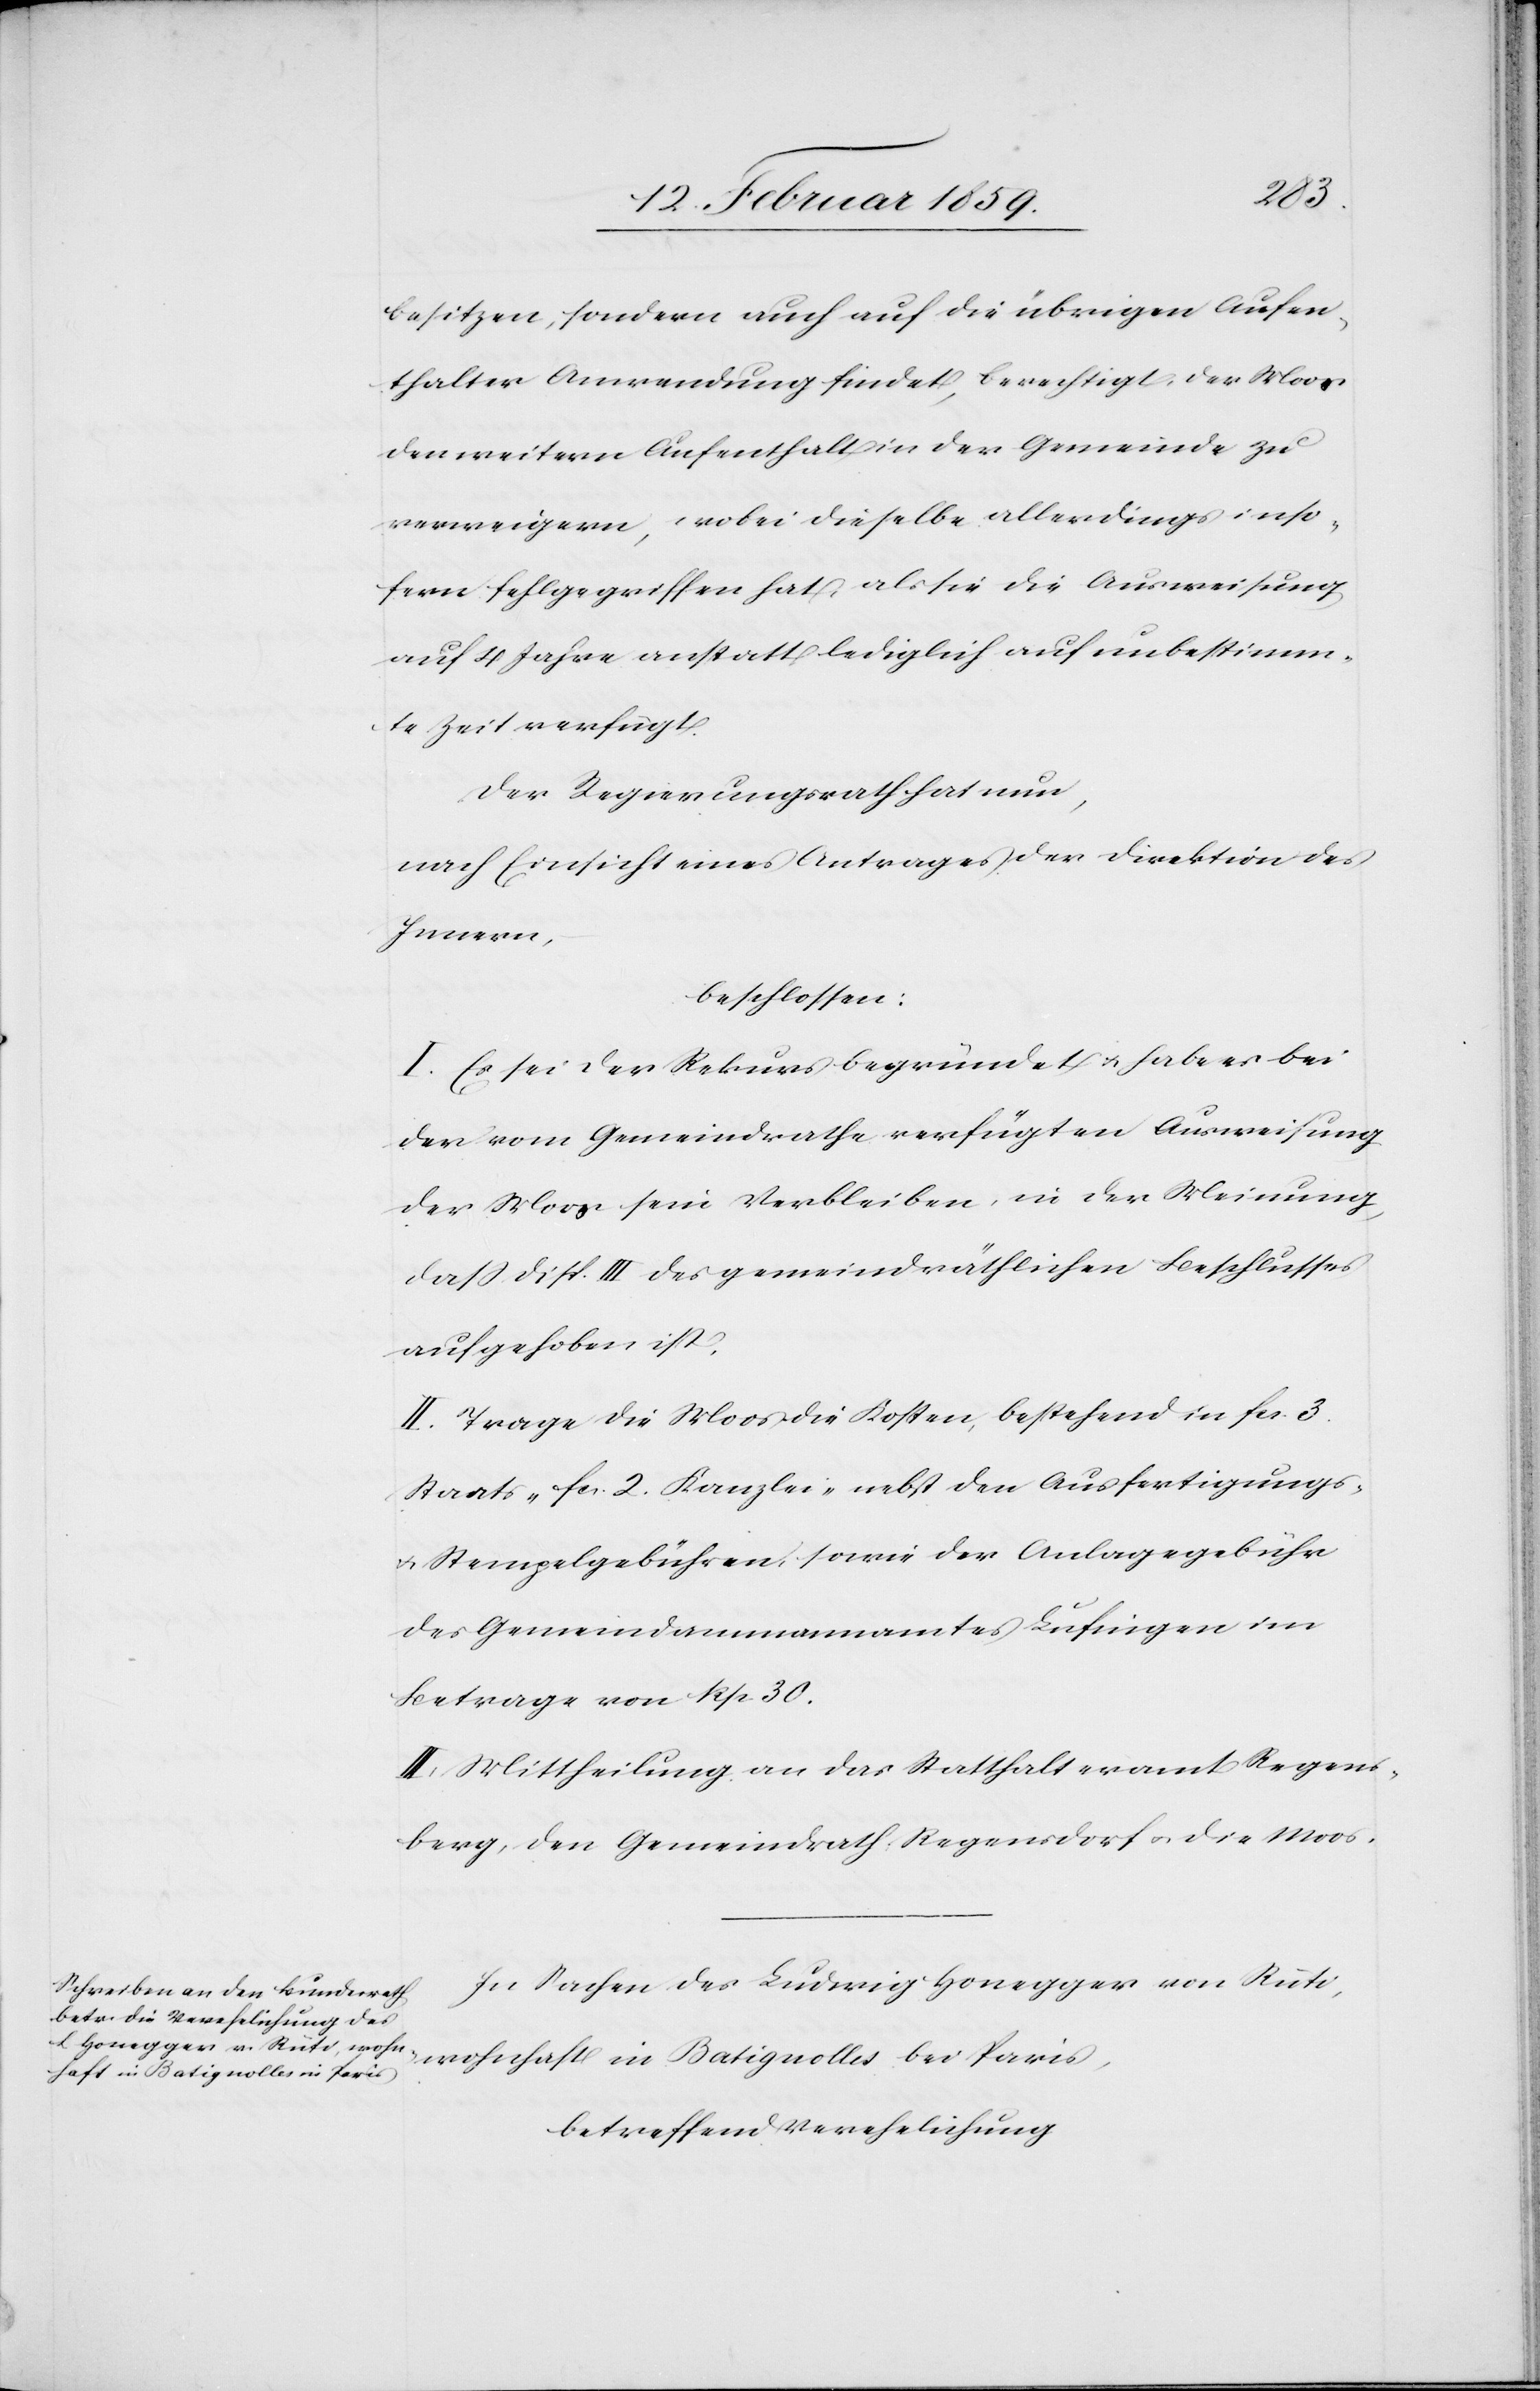
besitzen, sondern auch auf die übrigen Aufen¬
thalter Anwendung findet, berechtigt, der Moos
den weitern Aufenthalt in der Gemeinde zu
verweigern; wobei dieselbe allerdings inso¬
fern fehlgegriffen hat, als sie die Ausweisung
auf 4 Jahre anstatt lediglich auf unbestimm¬
te Zeit verfügt.
Der Regierungsrath hat nun,
nach Einsicht eines Antrages der Direktion des
Innern,
beschlossen:
I. Es sei der Rekurs begründet u. habe es bei
der vom Gemeindrathe verfügten Ausweisung
der Moos sein Verbleiben, in der Meinung,
daß disp. III des gemeindräthlichen Beschlusses
aufgehoben ist.
II. Trage die Moos die Kosten, bestehend in fcs. 3.
Staats-[,] fcs. 2. Kanzlei-[,] nebst den Ausfertigungungs-
u. Stempelgebühren, sowie der Anlagegebühr
des Gemeindammannamtes Lufingen im
Betrage von Rp. 30.
III. Mittheilung an das Statthalteramt Regens¬
berg, den Gemeindrath Regensdorf u. die Moos.
In Sachen des Ludwig Honegger von Rüti,
wohnhaft in Batignolles bei Paris,
betreffend Verehelichung